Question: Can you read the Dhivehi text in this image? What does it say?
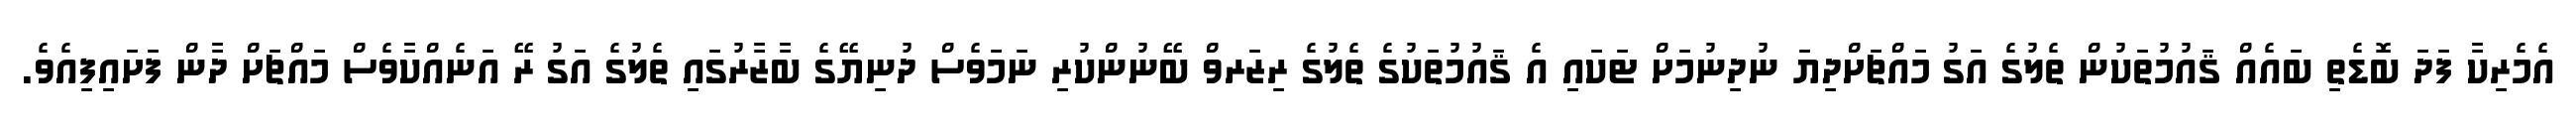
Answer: އެމެރިކާ ފަދަ ބޮޑެތި ބައެއް ޤައުމުތަކުން ތެލުގެ އަގު މައްޗަށްދިޔަ ނުދިނުމަށް ޓަކައި އެ ޤައުމުތަކުގެ ތެލުގެ ރިޒަރވް ބޭނުންކުރި ނަމަވެސް ދުނިޔޭގެ ބާޒާރުގައި ތެލުގެ އަގު ރޭ އަނެއްކާވެސް މައްޗަށް ދާން ފަށައިފިއެވެ.